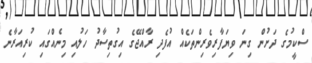
ސްކީމުގެ ދަށުން ގިނަ ވިޔަފާރިވެރިންތަކެއް އުފެދި ރާއްޖޭގެ އިގުތިސާދު ހަލުއި މިނެއްގައި ކުރިއަރާނެ